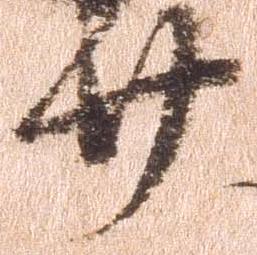
廿